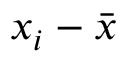
x _ { i } - { \bar { x } }